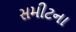
સમીટના